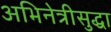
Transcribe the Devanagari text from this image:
अभिनेत्रीसुद्धा